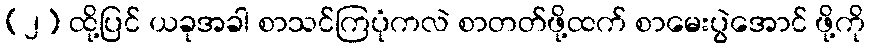
(၂) ထို့ပြင် ယခုအခါ စာသင်ကြပုံကလဲ စာတတ်ဖို့ထက် စာမေးပွဲအောင် ဖို့ကို